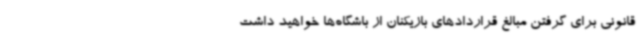
قانونی برای گرفتن مبالغ قراردادهای بازیکنان از باشگاه‌ها خواهید داشت